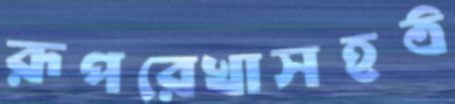
রূপরেখাসহঠ